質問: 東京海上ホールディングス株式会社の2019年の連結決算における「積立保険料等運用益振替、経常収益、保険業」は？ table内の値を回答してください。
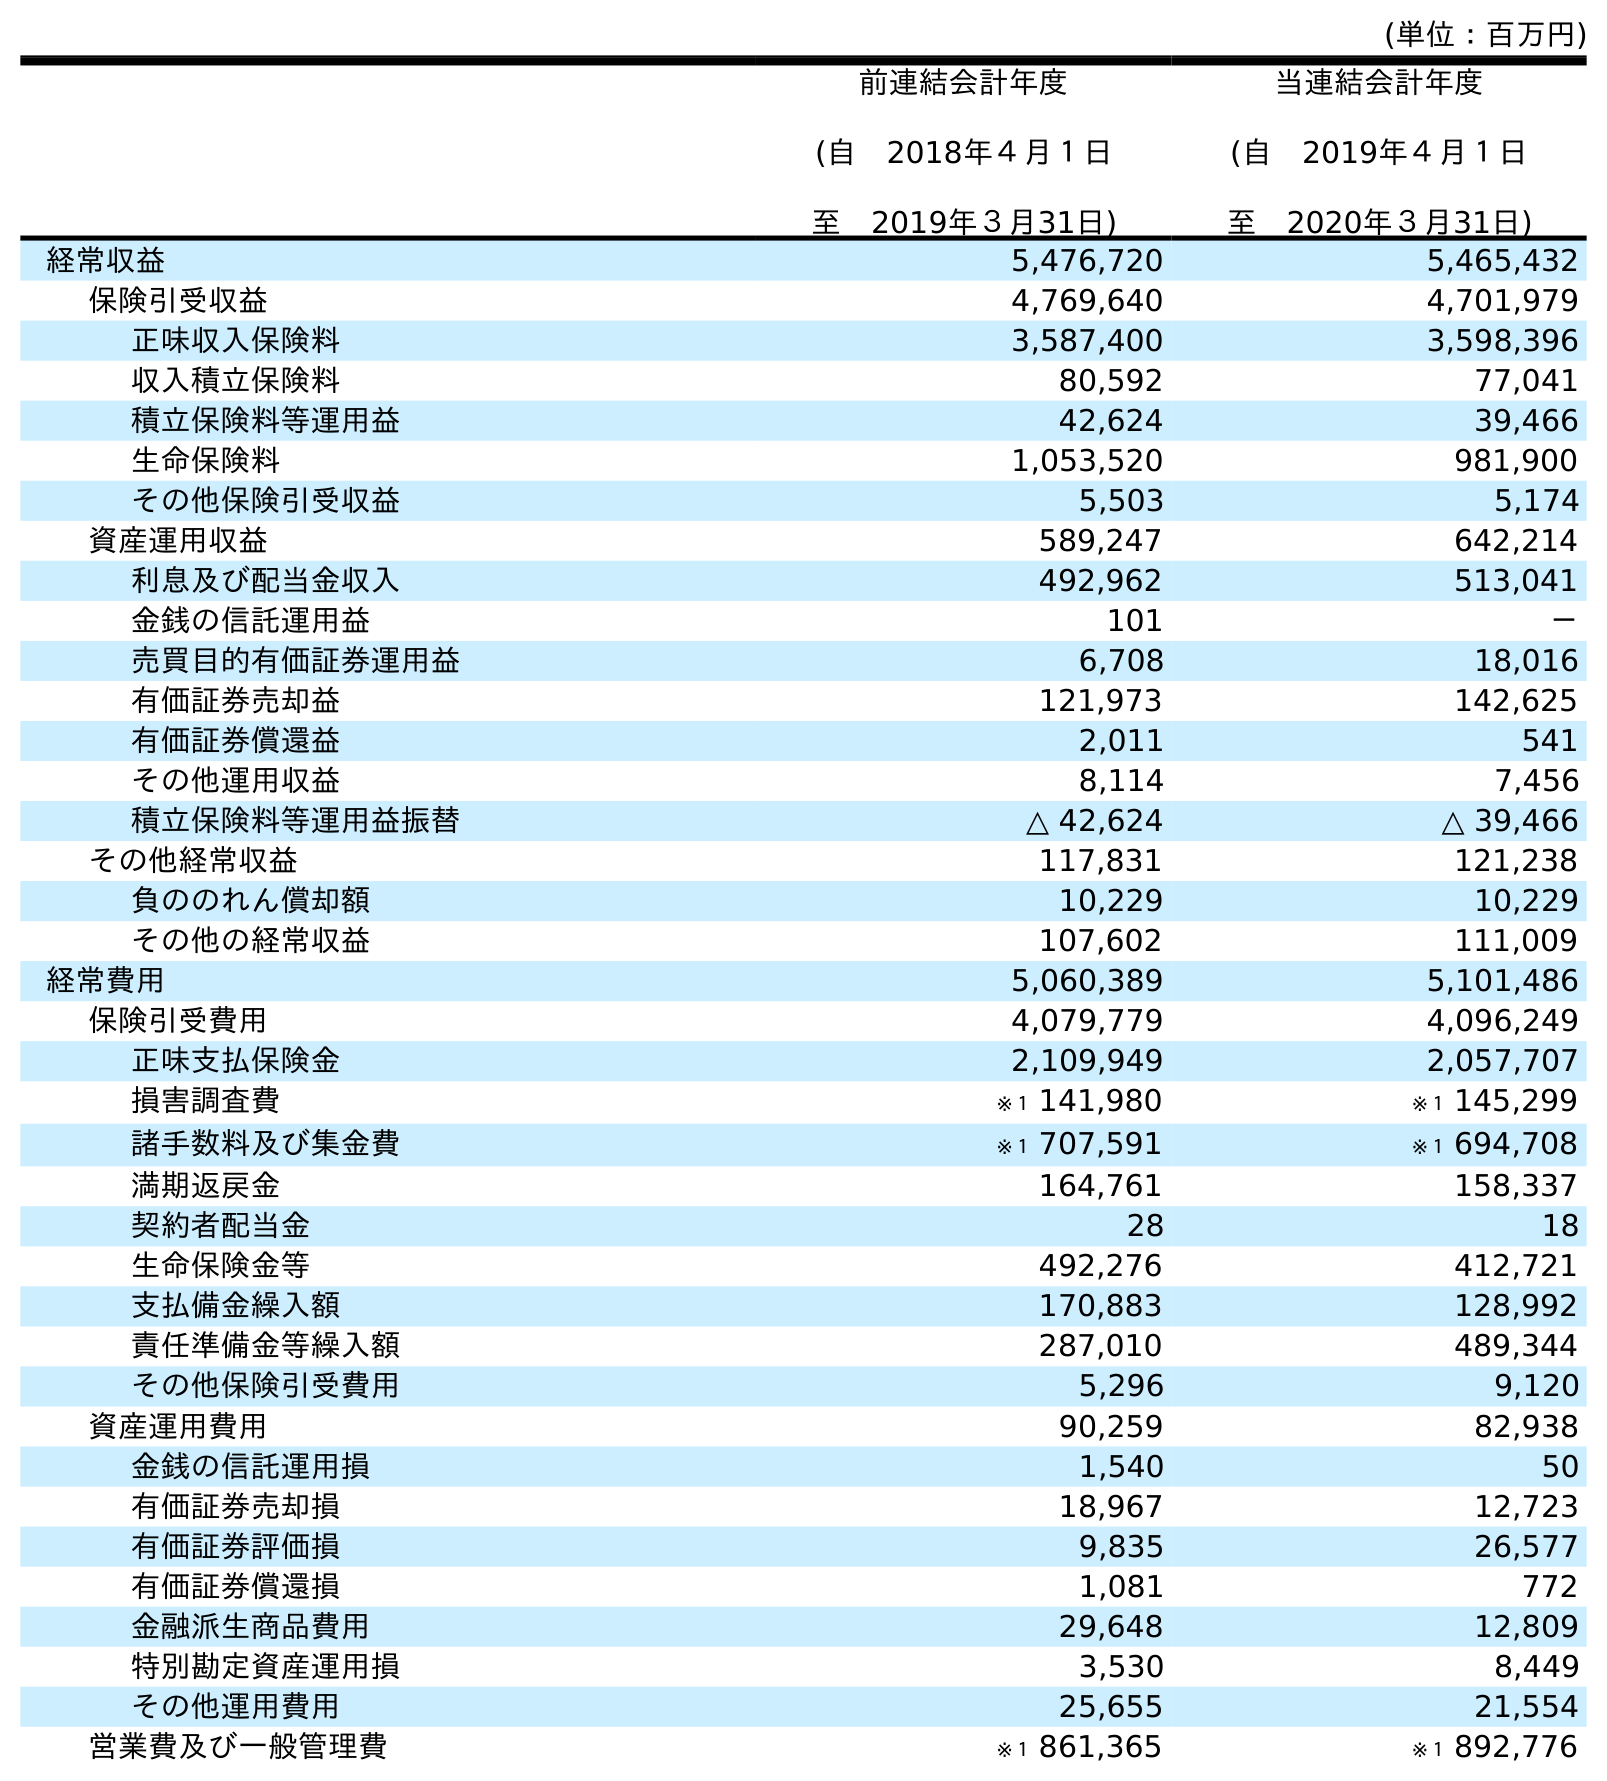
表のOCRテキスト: (単位：百万円) 前連結会計年度 (自 2018年４月１日 至 2019年３月31日) 当連結会計年度 (自 2019年４月１日 至 2020年３月31日) 経常収益 5,476,720 5,465,432 保険引受収益 4,769,640 4,701,979 正味収入保険料 3,587,400 3,598,396 収入積立保険料 80,592 77,041 積立保険料等運用益 42,624 39,466 生命保険料 1,053,520 981,900 その他保険引受収益 5,503 5,174 資産運用収益 589,247 642,214 利息及び配当金収入 492,962 513,041 金銭の信託運用益 101 － 売買目的有価証券運用益 6,708 18,016 有価証券売却益 121,973 142,625 有価証券償還益 2,011 541 その他運用収益 8,114 7,456 積立保険料等運用益振替 △ 42,624 △ 39,466 その他経常収益 117,831 121,238 負ののれん償却額 10,229 10,229 その他の経常収益 107,602 111,009 経常費用 5,060,389 5,101,486 保険引受費用 4,079,779 4,096,249 正味支払保険金 2,109,949 2,057,707 損害調査費 ※１ 141,980 ※１ 145,299 諸手数料及び集金費 ※１ 707,591 ※１ 694,708 満期返戻金 164,761 158,337 契約者配当金 28 18 生命保険金等 492,276 412,721 支払備金繰入額 170,883 128,992 責任準備金等繰入額 287,010 489,344 その他保険引受費用 5,296 9,120 資産運用費用 90,259 82,938 金銭の信託運用損 1,540 50 有価証券売却損 18,967 12,723 有価証券評価損 9,835 26,577 有価証券償還損 1,081 772 金融派生商品費用 29,648 12,809 特別勘定資産運用損 3,530 8,449 その他運用費用 25,655 21,554 営業費及び一般管理費 ※１ 861,365 ※１ 892,776
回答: △42,624